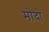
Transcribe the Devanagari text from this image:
मोदो